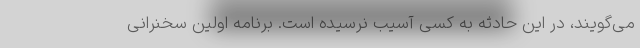
می‌گویند، در این حادثه به کسی آسیب نرسیده است. برنامه اولین سخنرانی